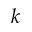
k